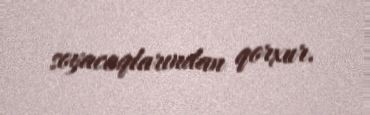
soyacaqlarından qorxur.